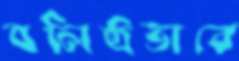
বলিষ্ঠভাবে